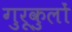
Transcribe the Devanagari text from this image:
गुरूकुलों